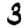
Digit: 3